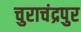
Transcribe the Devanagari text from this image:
चुराचंद्रपुर